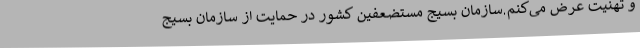
و تهنیت عرض می‌کنم.سازمان بسیج مستضعفین کشور در حمایت از سازمان بسیج